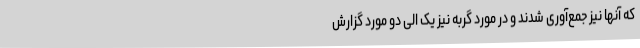
که آنها نیز جمع‌آوری شدند و در مورد گربه نیز یک الی دو مورد گزارش